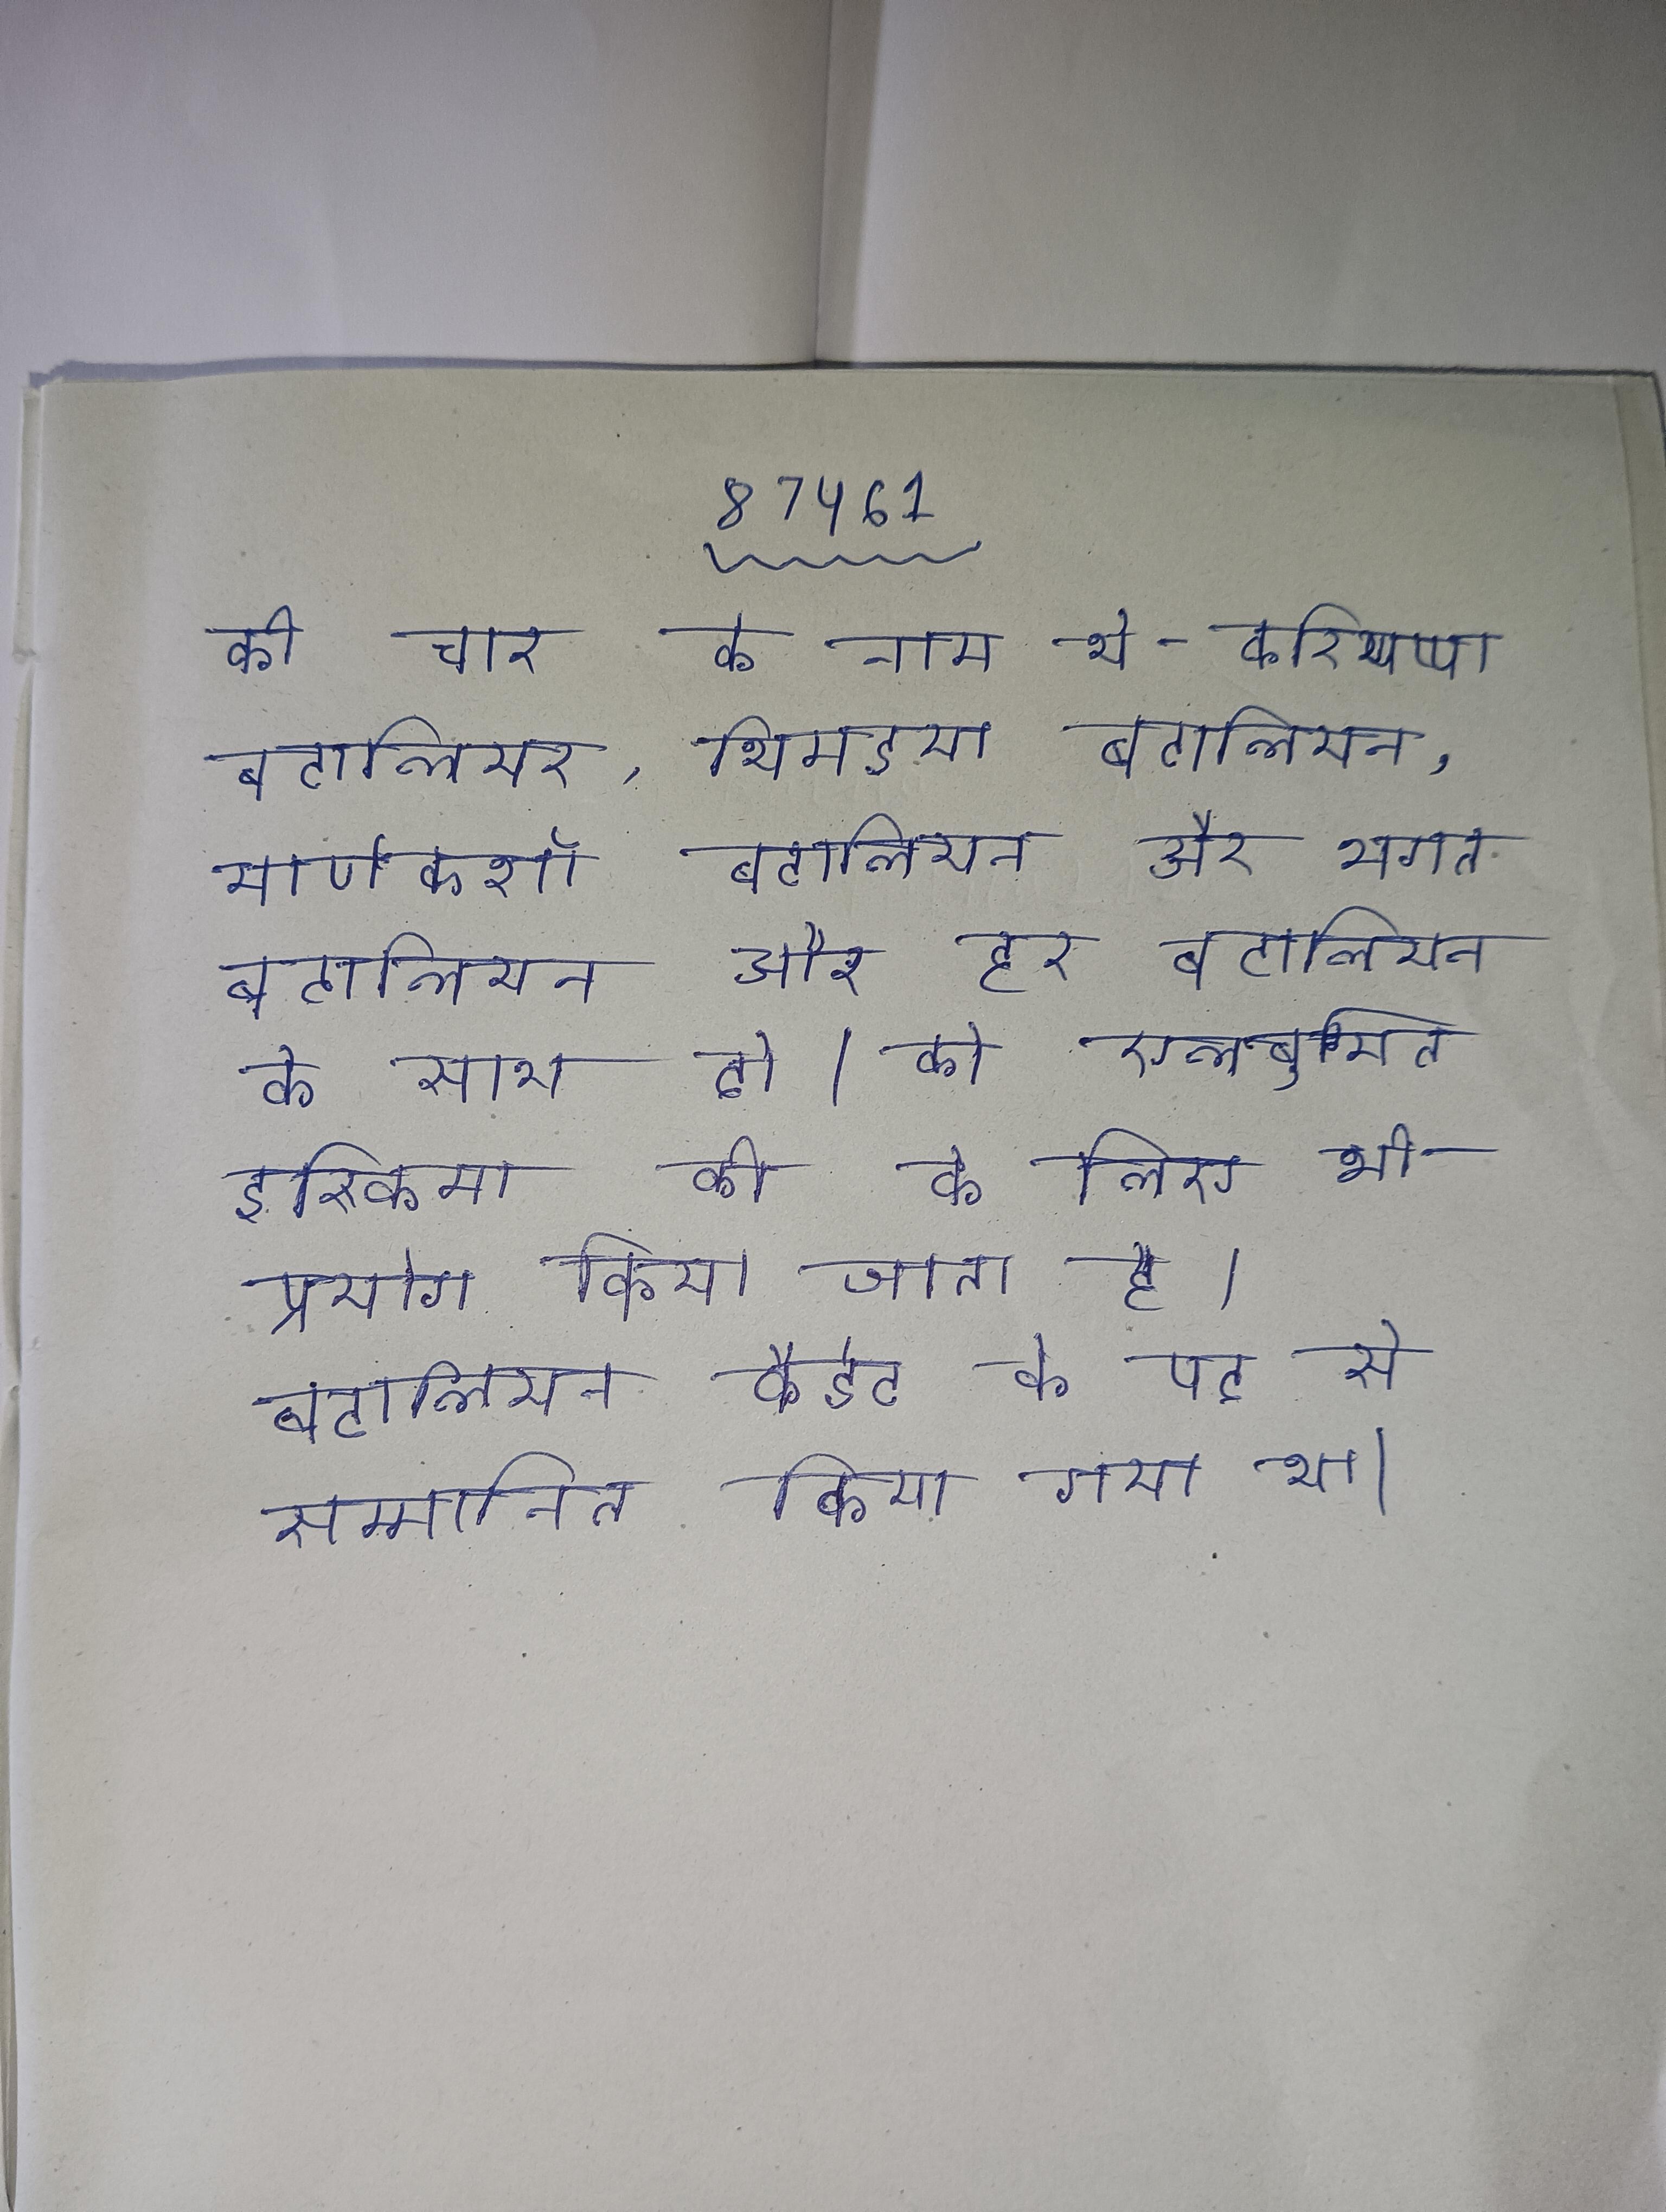
की चार के नाम थे - करियप्पा बटालियन, थिमइया बटालियन, माणेकशॉ बटालियन और भगत बटालियन और हर बटालियन के साथ दो । को एलबुमिन इस्किमा की के लिए भी प्रयोग किया जाता है । बटालियन कैडेट के पद से सम्मानित किया गया था ।